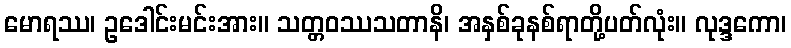
မောရဿ၊ ဥဒေါင်းမင်းအား။ သတ္တဝဿသတာနိ၊ အနှစ်ခုနစ်ရာတို့ပတ်လုံး။ လုဒ္ဒကော၊